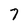
Character: 7